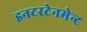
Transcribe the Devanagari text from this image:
इनटरटेनमेन्ट